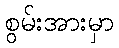
စွမ်းအားမှာ